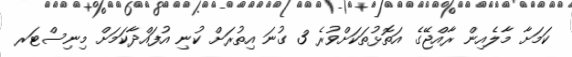
ކަމަށާ މާލެއިން ރާއްޖޭގެ އަތޮޅުތަކަށްވުރެ 3 ގުނަ އިތުރަށް ކުނި އުފައްދާކަމަށް މިނިސްޓަރ